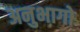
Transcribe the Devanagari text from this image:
अनुभागो